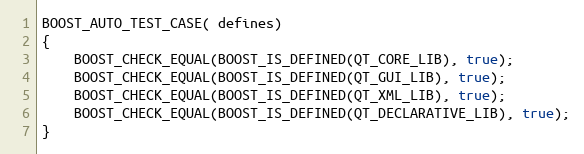
Language: C++
BOOST_AUTO_TEST_CASE( defines)
{
    BOOST_CHECK_EQUAL(BOOST_IS_DEFINED(QT_CORE_LIB), true);
    BOOST_CHECK_EQUAL(BOOST_IS_DEFINED(QT_GUI_LIB), true);
    BOOST_CHECK_EQUAL(BOOST_IS_DEFINED(QT_XML_LIB), true);
    BOOST_CHECK_EQUAL(BOOST_IS_DEFINED(QT_DECLARATIVE_LIB), true);
}